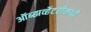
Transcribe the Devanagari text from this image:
ऑब्झर्व्हेटरीमध्ये